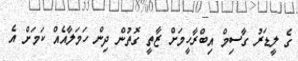
ގެ ލީޑަރު ގާސިމް އިބްރާހީމަށް ޒާތީ ގޮތުން ދިން ހަމަލާއެއް ކަމަށް އެ